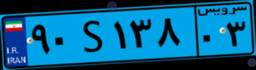
۹۰S۱۳۸۰۳